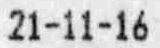
21-11-16